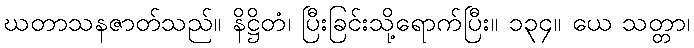
ဃတာသနဇာတ်သည်။ နိဋ္ဌိတံ၊ ပြီးခြင်းသို့ရောက်ပြီး။ ၁၃၄။ ယေ သတ္တာ၊